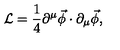
\mathcal { L } = \frac { 1 } { 4 } \partial ^ { \mu } \vec { \phi } \cdot \partial _ { \mu } \vec { \phi } ,